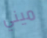
ميني